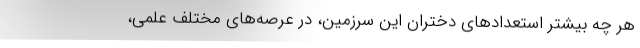
هر چه بیشتر استعدادهای دختران این سرزمین، در عرصه‌های مختلف علمی،